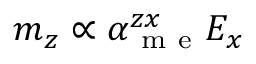
m _ { z } \propto \alpha _ { \mathrm { ~ m ~ e ~ } } ^ { z x } E _ { x }